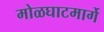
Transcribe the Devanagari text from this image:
मोळघाटमार्गे